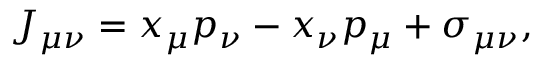
J _ { \mu \nu } = x _ { \mu } p _ { \nu } - x _ { \nu } p _ { \mu } + \sigma _ { \mu \nu } ,